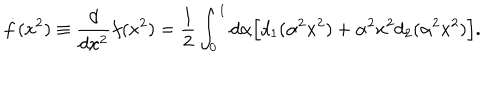
\dot { f } ( x ^ { 2 } ) \equiv \frac { d } { d x ^ { 2 } } f ( x ^ { 2 } ) = \frac { 1 } { 2 } \int _ { 0 } ^ { 1 } d \alpha \Big [ d _ { 1 } ( \alpha ^ { 2 } x ^ { 2 } ) + \alpha ^ { 2 } x ^ { 2 } d _ { 2 } ( \alpha ^ { 2 } x ^ { 2 } ) \Big ] .